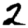
Digit: 2